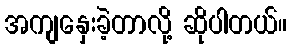
အကျနှေးခဲ့တာလို့ ဆိုပါတယ်။